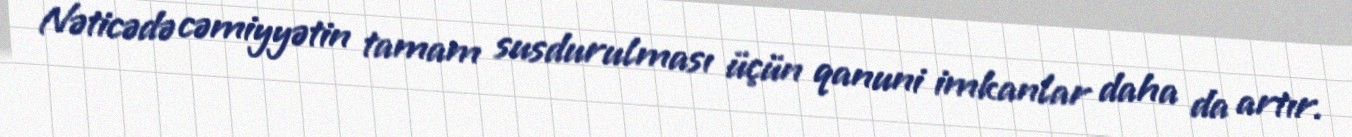
Nəticədə cəmiyyətin tamam susdurulması üçün qanuni imkanlar daha da artır.